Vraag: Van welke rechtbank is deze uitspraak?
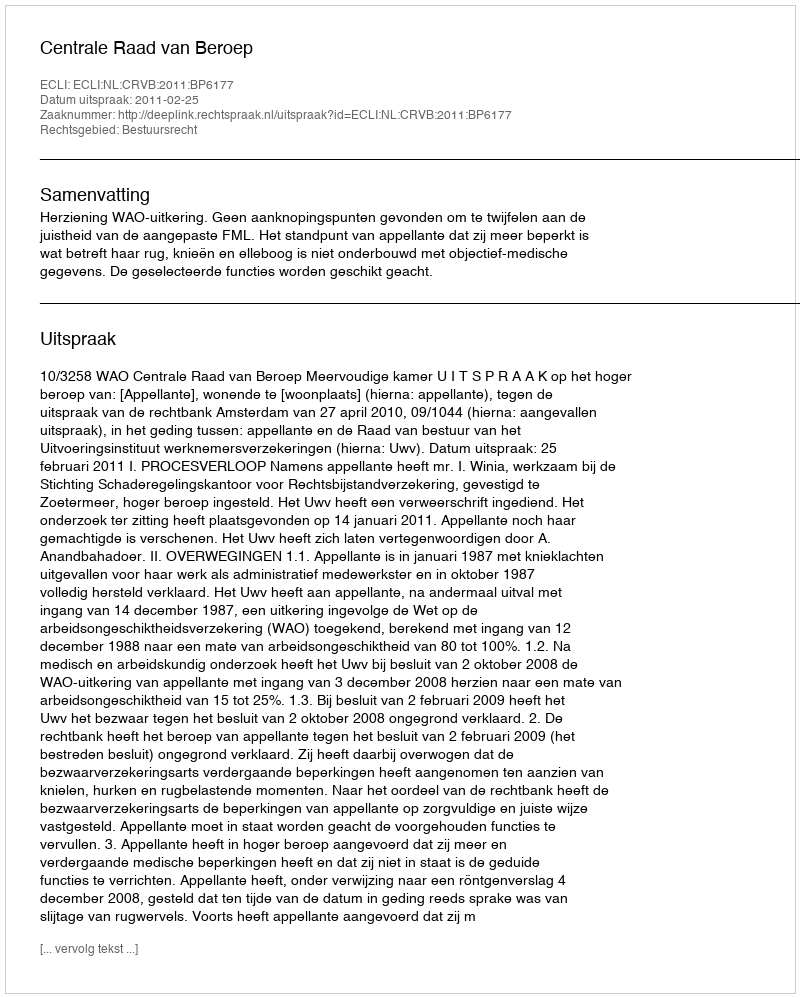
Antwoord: Centrale Raad van Beroep